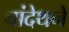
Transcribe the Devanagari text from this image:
चांदेथने